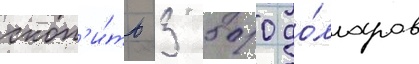
скоп'и́ть 3 500 до́лларов